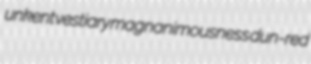
unkent vestiary magnanimousness dun-red